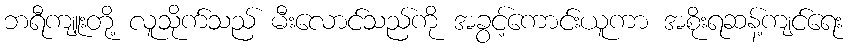
ဘရီကျူးတို့ လူသိုက်သည် မီးလောင်သည်ကို အခွင့်ကောင်းယူကာ အစိုးရဆန့်ကျင်ရေး